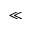
\ll